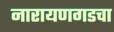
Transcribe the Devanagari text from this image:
नारायणगडचा